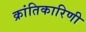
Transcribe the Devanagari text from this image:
क्रांतिकारिणी